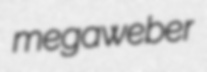
megaweber